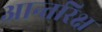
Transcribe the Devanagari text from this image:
आन्तरिक्ष